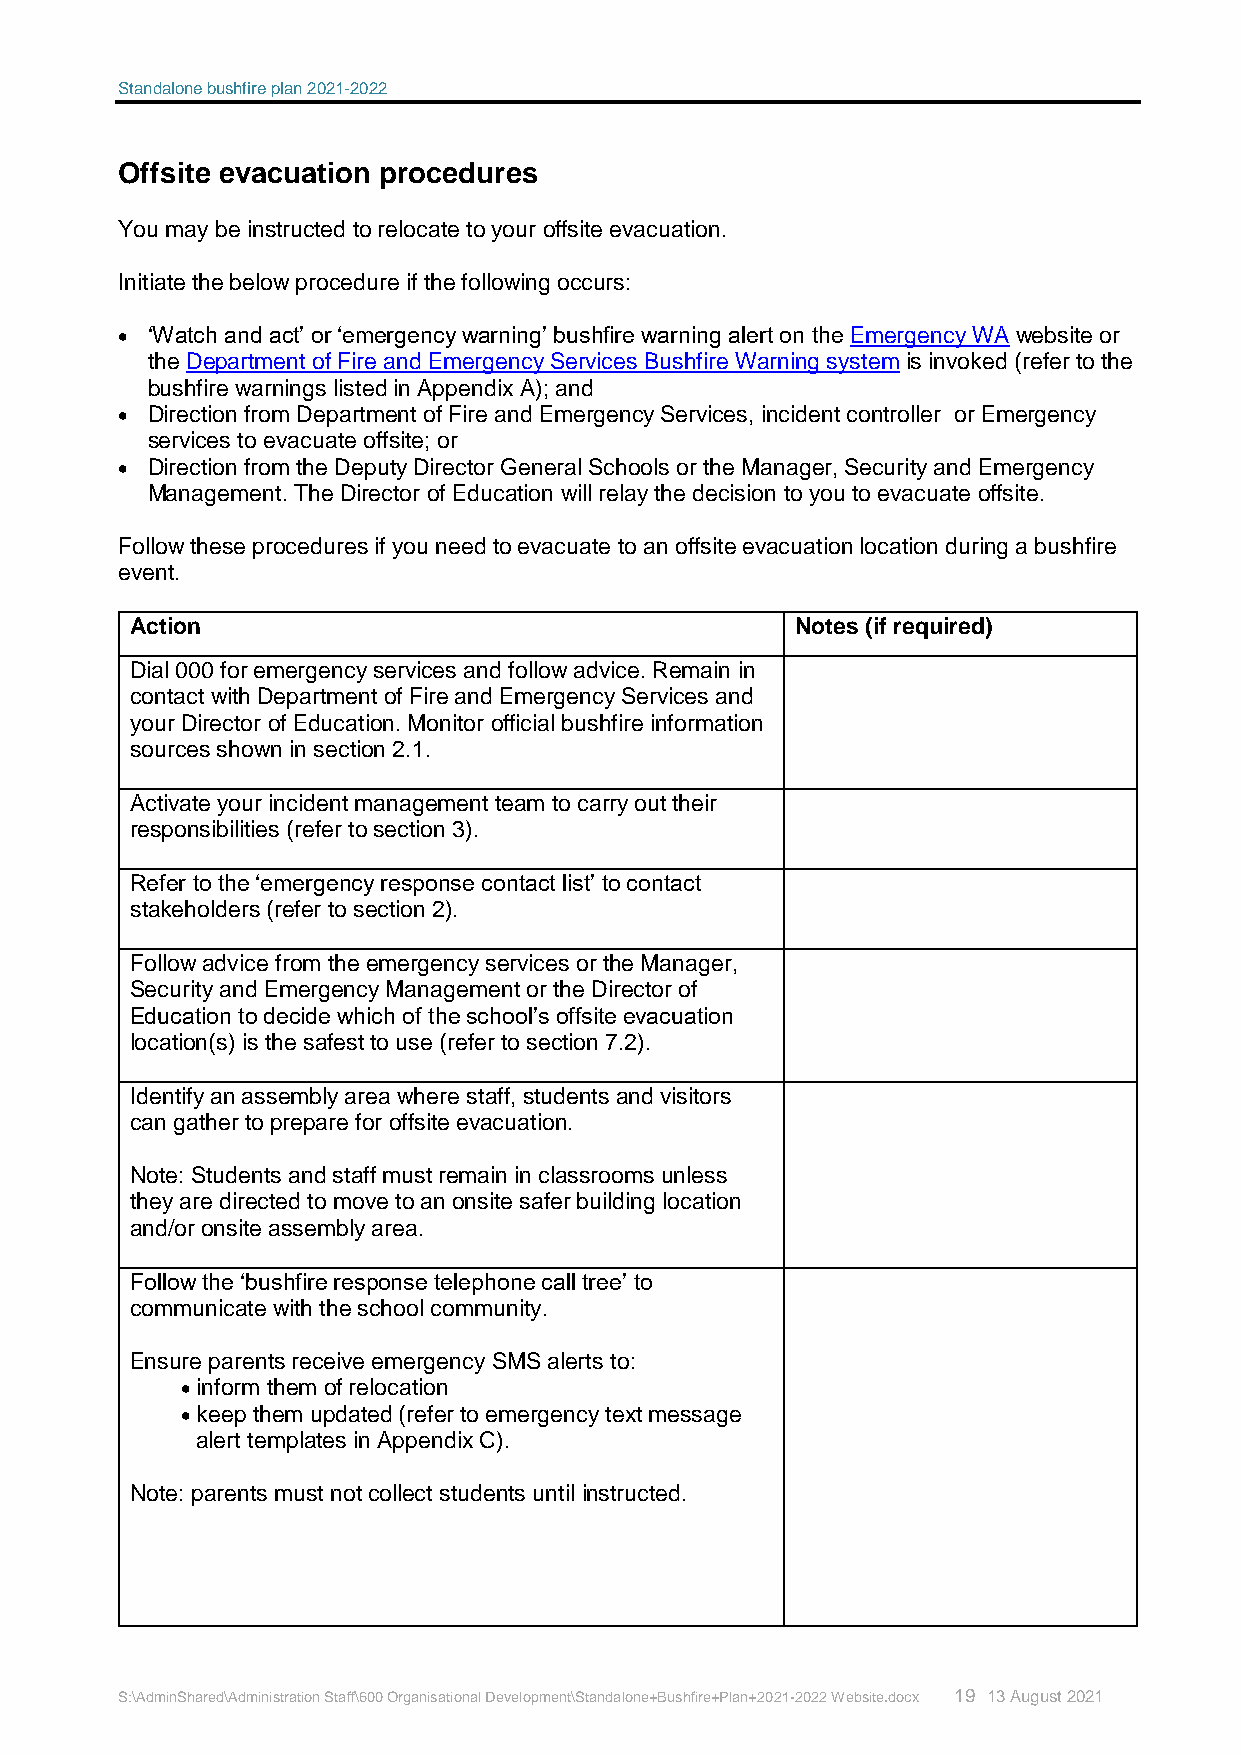
Standalone bushfire plan 2021-2022
 Offsite evacuation procedures
 You may be instructed to relocate to your offsite evacuation.
 Initiate the below procedure if the following occurs:
  ‘Watch and act’ or ‘emergency warning’ bushfire warning alert on the Emergency WA website or
 the Department of Fire and Emergency Services Bushfire Warning system is invoked (refer to the
 bushfire warnings listed in Appendix A); and
  Direction from Department of Fire and Emergency Services, incident controller or Emergency
 services to evacuate offsite; or
  Direction from the Deputy Director General Schools or the Manager, Security and Emergency
 Management. The Director of Education will relay the decision to you to evacuate offsite.
 Follow these procedures if you need to evacuate to an offsite evacuation location during a bushfire
 event.
 Action                                      Notes (if required)
 Dial 000 for emergency services and follow advice. Remain in
 contact with Department of Fire and Emergency Services and
 your Director of Education. Monitor official bushfire information
 sources shown in section 2.1.
 Activate your incident management team to carry out their
 responsibilities (refer to section 3).
 Refer to the ‘emergency response contact list’ to contact
 stakeholders (refer to section 2).
 Follow advice from the emergency services or the Manager,
 Security and Emergency Management or the Director of
 Education to decide which of the school’s offsite evacuation
 location(s) is the safest to use (refer to section 7.2).
 Identify an assembly area where staff, students and visitors
 can gather to prepare for offsite evacuation.
 Note: Students and staff must remain in classrooms unless
 they are directed to move to an onsite safer building location
 and/or onsite assembly area.
 Follow the ‘bushfire response telephone call tree’ to
 communicate with the school community.
 Ensure parents receive emergency SMS alerts to:
  inform them of relocation
  keep them updated (refer to emergency text message
 alert templates in Appendix C).
 Note: parents must not collect students until instructed.
 S:\AdminShared\Administration Staff\600 Organisational Development\Standalone+Bushfire+Plan+2021-2022 Website.docx 19 13 August 2021